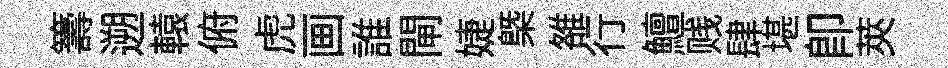
籌遡轅俯虎画誰閘婕槩雒行鱣贱肆堪即莢